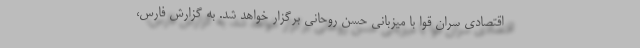
اقتصادی سران قوا با میزبانی حسن روحانی برگزار خواهد شد. به گزارش فارس،